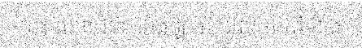
នេះ យានជំនិះ ទាំងឡាយ ដែល មកពី ខាង